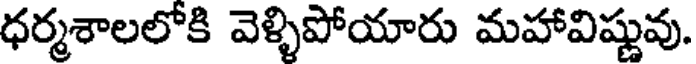
ధర్మశాలలోకి వెళ్ళిపోయారు మహావిష్ణువు.